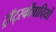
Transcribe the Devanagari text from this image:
ट्रॉट्स्कीवादियों